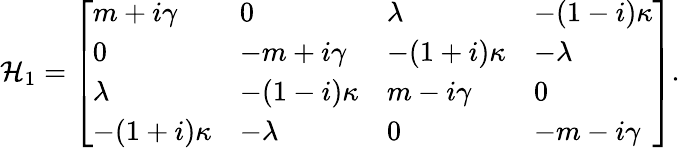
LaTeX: \begin{array}{r}{\mathcal{H}_{1}=\left[\begin{array}{llll}{m+i\gamma}&{0}&{\lambda}&{-(1-i)\kappa}\\ {0}&{-m+i\gamma}&{-(1+i)\kappa}&{-\lambda}\\ {\lambda}&{-(1-i)\kappa}&{m-i\gamma}&{0}\\ {-(1+i)\kappa}&{-\lambda}&{0}&{-m-i\gamma}\end{array}\right].}\end{array}